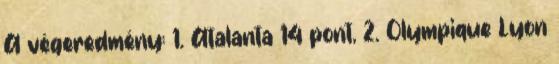
A végeredmény: 1. Atalanta 14 pont, 2. Olympique Lyon